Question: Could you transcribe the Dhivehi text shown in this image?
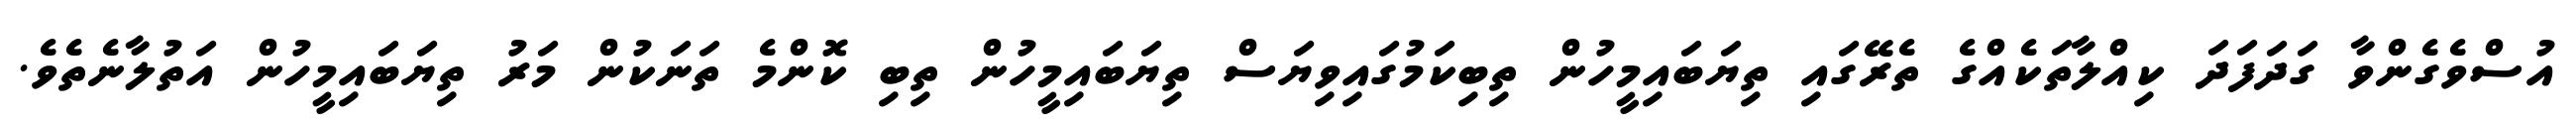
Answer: އުސްވެގެންވާ ގަދަފަދަ ކިއްލާތަކެއްގެ ތެރޭގައި ތިޔަބައިމީހުން ތިބިކަމުގައިވިޔަސް ތިޔަބައިމީހުން ތިބި ކޮންމެ ތަނަކުން މަރު ތިޔަބައިމީހުން އަތުލާނެތެވެ.